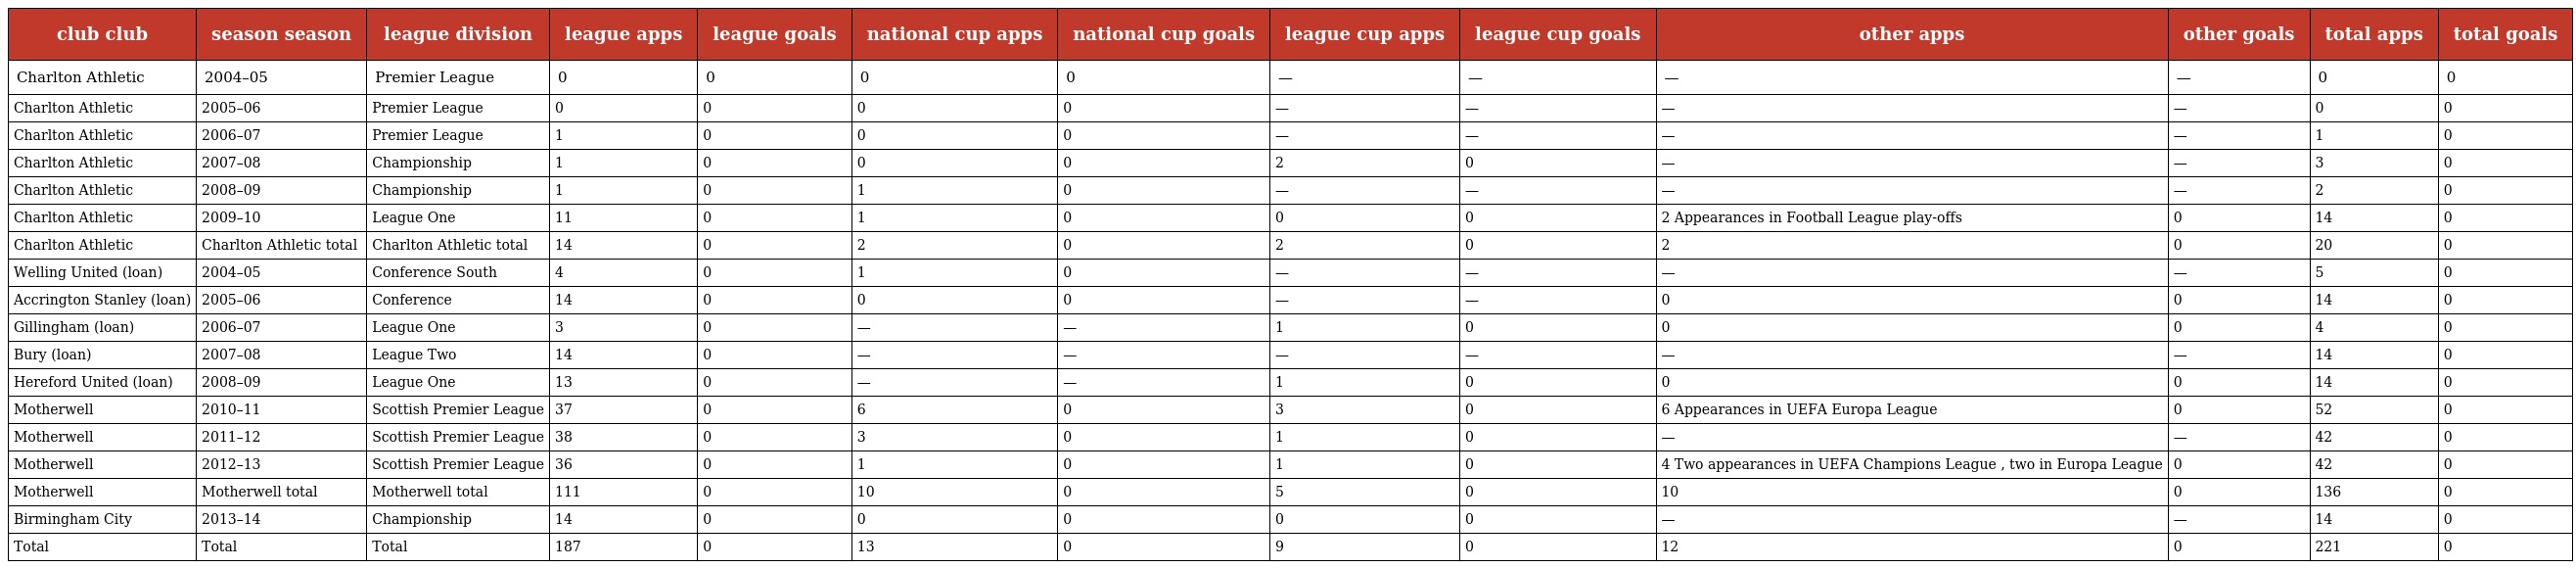
| club club | season season | league division | league apps | league goals | national cup apps | national cup goals | league cup apps | league cup goals | other apps | other goals | total apps | total goals |
 | --- | --- | --- | --- | --- | --- | --- | --- | --- | --- | --- | --- | --- |
 | Charlton Athletic | 2004–05 | Premier League | 0 | 0 | 0 | 0 | — | — | — | — | 0 | 0 |
 | Charlton Athletic | 2005–06 | Premier League | 0 | 0 | 0 | 0 | — | — | — | — | 0 | 0 |
 | Charlton Athletic | 2006–07 | Premier League | 1 | 0 | 0 | 0 | — | — | — | — | 1 | 0 |
 | Charlton Athletic | 2007–08 | Championship | 1 | 0 | 0 | 0 | 2 | 0 | — | — | 3 | 0 |
 | Charlton Athletic | 2008–09 | Championship | 1 | 0 | 1 | 0 | — | — | — | — | 2 | 0 |
 | Charlton Athletic | 2009–10 | League One | 11 | 0 | 1 | 0 | 0 | 0 | 2 Appearances in Football League play-offs | 0 | 14 | 0 |
 | Charlton Athletic | Charlton Athletic total | Charlton Athletic total | 14 | 0 | 2 | 0 | 2 | 0 | 2 | 0 | 20 | 0 |
 | Welling United (loan) | 2004–05 | Conference South | 4 | 0 | 1 | 0 | — | — | — | — | 5 | 0 |
 | Accrington Stanley (loan) | 2005–06 | Conference | 14 | 0 | 0 | 0 | — | — | 0 | 0 | 14 | 0 |
 | Gillingham (loan) | 2006–07 | League One | 3 | 0 | — | — | 1 | 0 | 0 | 0 | 4 | 0 |
 | Bury (loan) | 2007–08 | League Two | 14 | 0 | — | — | — | — | — | — | 14 | 0 |
 | Hereford United (loan) | 2008–09 | League One | 13 | 0 | — | — | 1 | 0 | 0 | 0 | 14 | 0 |
 | Motherwell | 2010–11 | Scottish Premier League | 37 | 0 | 6 | 0 | 3 | 0 | 6 Appearances in UEFA Europa League | 0 | 52 | 0 |
 | Motherwell | 2011–12 | Scottish Premier League | 38 | 0 | 3 | 0 | 1 | 0 | — | — | 42 | 0 |
 | Motherwell | 2012–13 | Scottish Premier League | 36 | 0 | 1 | 0 | 1 | 0 | 4 Two appearances in UEFA Champions League , two in Europa League | 0 | 42 | 0 |
 | Motherwell | Motherwell total | Motherwell total | 111 | 0 | 10 | 0 | 5 | 0 | 10 | 0 | 136 | 0 |
 | Birmingham City | 2013–14 | Championship | 14 | 0 | 0 | 0 | 0 | 0 | — | — | 14 | 0 |
 | Total | Total | Total | 187 | 0 | 13 | 0 | 9 | 0 | 12 | 0 | 221 | 0 |